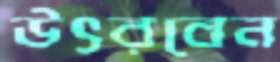
উৎরবেন